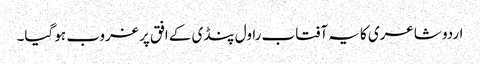
اردو شاعری کا یہ آفتاب راول پنڈی کے افق پر غروب ہو گیا۔